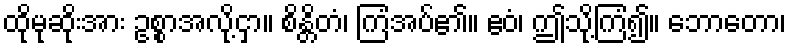
ထိုမုဆိုးအား ဥစ္စာအလို့ငှာ။ စိန္တိတံ၊ ကြံအပ်၏။ ဧဝံ၊ ဤသို့ကြံ၍။ ဘောတော၊